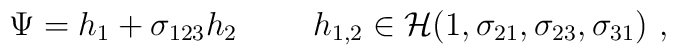
\Psi = h_1 + \sigma_{123} h_2 ~~~~~~~ h_{1,2} \in {\cal H}(1,\sigma_{21},\sigma_{23},\sigma_{31})~,